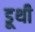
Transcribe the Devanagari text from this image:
डूथी